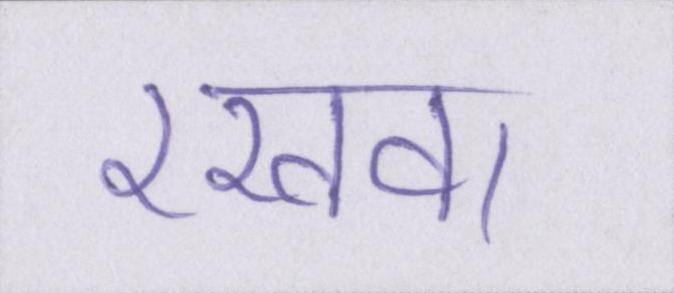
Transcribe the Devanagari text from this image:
रखवा